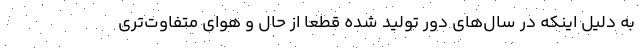
به دلیل اینکه در سال‌های دور تولید شده قطعاً از حال و هوای متفاوت‌تری